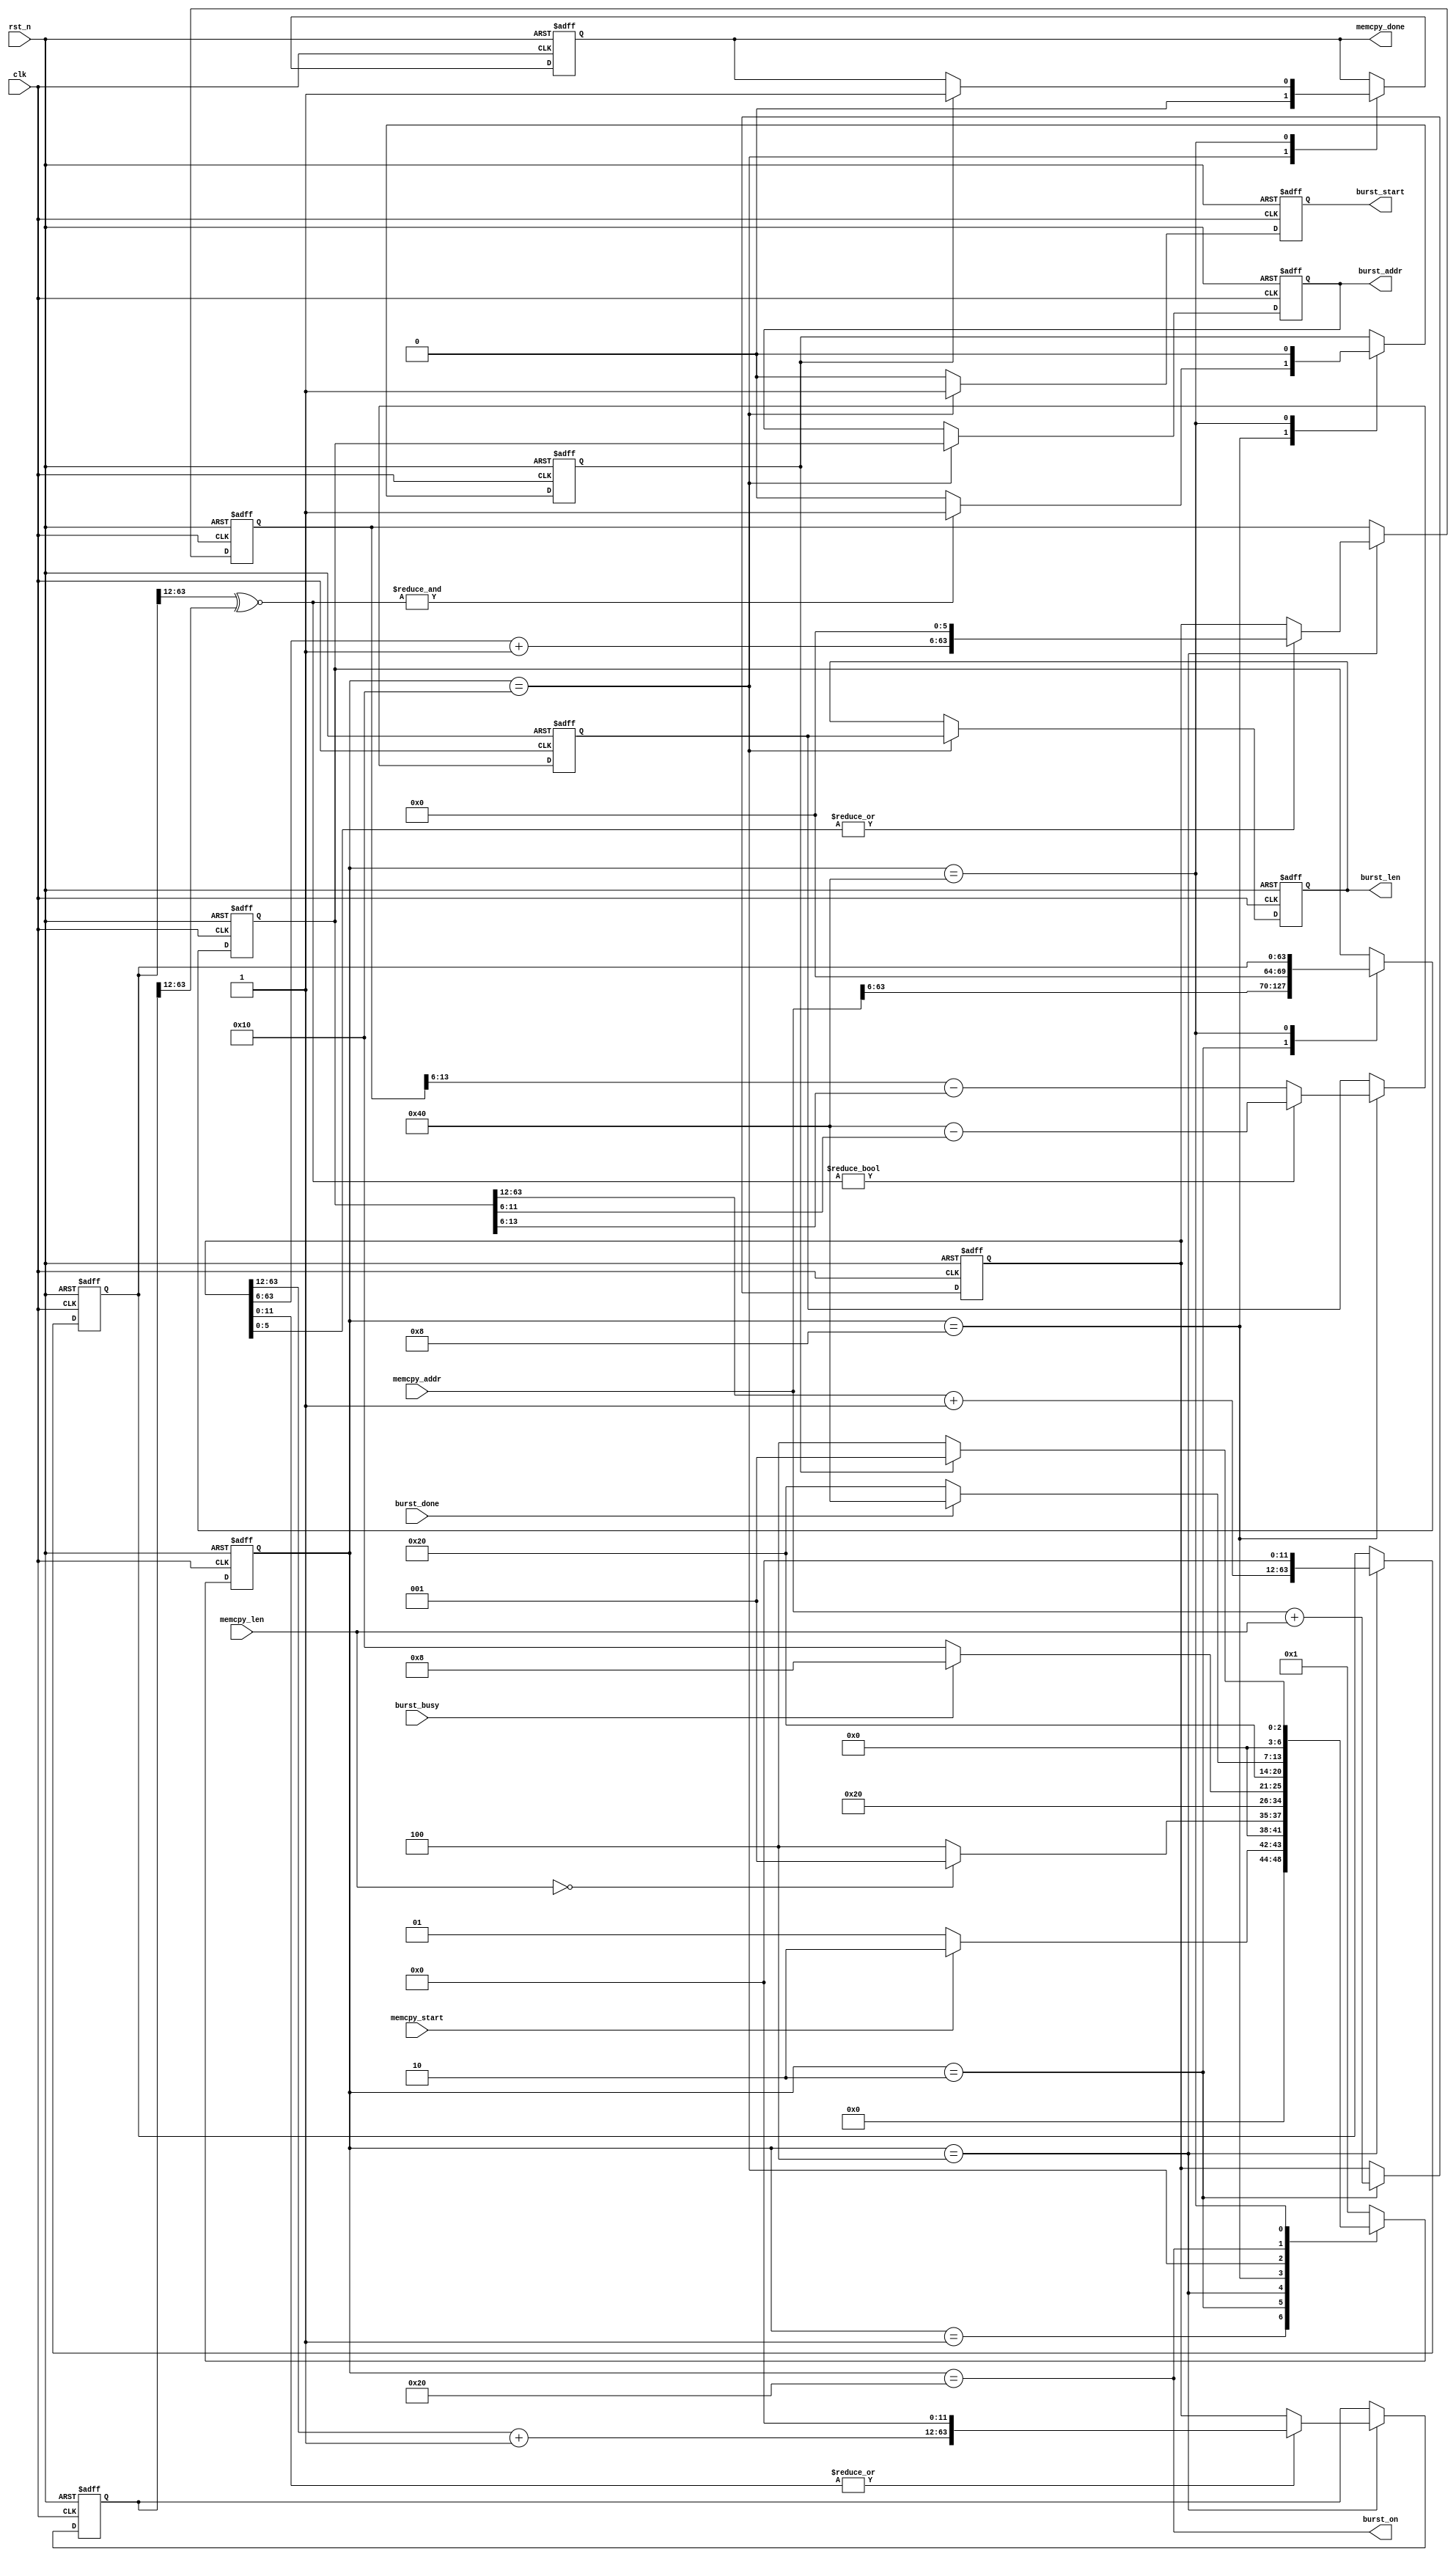
module memcpy_statemachine(
                           input                 clk          ,
                           input                 rst_n        , 
                           input                 memcpy_start ,
                           input      [63:0]     memcpy_len   ,
                           input      [63:0]     memcpy_addr  ,
                           input                 burst_busy   ,
                           output reg            burst_start  ,
                           output reg [07:0]     burst_len    ,
                           output reg [63:0]     burst_addr   ,
                           output                burst_on     ,
                           input                 burst_done   ,
                           output reg            memcpy_done
                           );
 reg [06:0] cstate,nstate;
 reg [63:0] end_addr;
 reg [63:0] current_addr;
 reg [07:0] current_len;
 reg [63:0] next_boundary;
 reg [63:0] end_boundary;
 reg [63:0] end_aligned;
 reg [00:0] last_burst;
 parameter IDLE   = 7'h01, 
           INIT   = 7'h02,
           N4KB   = 7'h04,
           CLEN   = 7'h08,
           START  = 7'h10,
           INPROC = 7'h20,
           DONE   = 7'h40;
 always@(posedge clk or negedge rst_n) 
   if (~rst_n)
     cstate <= IDLE;
   else 
     cstate <= nstate;
 always@* 
   case(cstate)
     IDLE      : 
                   if (memcpy_start)
                     nstate = INIT;
                   else 
                     nstate = IDLE;
     INIT      :
                   if (memcpy_len == 64'd0)
                     nstate = IDLE;
                   else
                     nstate = N4KB;
     N4KB      :
                     nstate = CLEN;
     CLEN      :
                   if (~burst_busy)
                     nstate = START;
                   else
                     nstate = CLEN;
     START     :
                     nstate = INPROC;
     INPROC    : 
                   if (burst_done)
                     nstate = DONE;
                   else 
                     nstate = INPROC;
     DONE      : 
                   if (last_burst)
                     nstate = IDLE;
                   else 
                     nstate = N4KB;
     default      :
                     nstate = IDLE;
     endcase
 always@(posedge clk or negedge rst_n) 
   if (~rst_n)
     end_addr <= 64'd0;
   else 
     case (cstate)
       INIT : end_addr <= memcpy_addr + memcpy_len;
     endcase
 always@(posedge clk or negedge rst_n) 
   if (~rst_n)
     current_addr <= 64'd0;
   else 
     case (cstate)
       INIT : current_addr <= {memcpy_addr[63:6],6'd0};   
       DONE : current_addr <= next_boundary;
     endcase
 always@(posedge clk or negedge rst_n) 
   if (~rst_n)
     current_len <= 8'd0;
   else 
     case (cstate)
       CLEN : 
          if (next_boundary[63:12]~^end_boundary[63:12])
            current_len <= 8'd64 - current_addr[11:6];   
          else
            current_len <= end_aligned[13:6] - current_addr[13:6];  
     endcase
 always@(posedge clk or negedge rst_n) 
   if (~rst_n)
     begin
       next_boundary <= 64'd0;
       end_boundary <= 64'd0;
       end_aligned <= 64'd0;
     end
   else 
     case (cstate)
       N4KB : 
         begin
           next_boundary <= {current_addr[63:12] + 52'd1, 12'd0};
           end_boundary <= (~|end_addr[11:0])? end_addr : {end_addr[63:12] + 52'd1, 12'd0};   
           end_aligned <= (~|end_addr[5:0])? end_addr : {end_addr[63:6] + 58'd1, 6'd0};  
         end
     endcase
 always@(posedge clk or negedge rst_n) 
   if (~rst_n)
     last_burst <= 1'b0;
   else 
     case (cstate)
       CLEN : 
          if (&(next_boundary[63:12]~^end_boundary[63:12]))
            last_burst <= 1'b1;
          else
            last_burst <= 1'b0;
       DONE   : 
            last_burst <= 1'b0;
     endcase
 always@(posedge clk or negedge rst_n) 
   if (~rst_n)
     begin
       burst_start <= 1'b0;
       burst_addr  <= 64'd0;
       burst_len   <= 8'd0;
     end
   else
     case (cstate)
       START : 
         begin
           burst_start <= 1'b1;
           burst_addr  <= current_addr;
           burst_len   <= current_len;
         end
       default  :
         begin
           burst_start <= 1'b0;
         end
     endcase
 assign burst_on = (cstate == INPROC);
 always@(posedge clk or negedge rst_n) 
   if (~rst_n)
     memcpy_done <= 1'b1;
   else 
     case (cstate)
       START  : memcpy_done <= 1'b0;
       DONE   : if (last_burst)
                  memcpy_done <= 1'b1;
       default:;
     endcase
endmodule